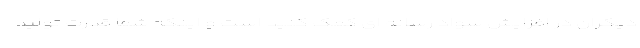
دیگران در افزایش سواد رسانه ای کمک کنید است و اینکه شما قدرت تولید